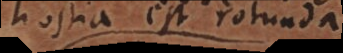
hostia est rotunda;